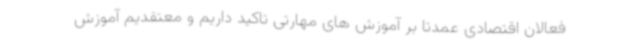
فعالان اقتصادی عمدتا بر آموزش های مهارتی تاکید داریم و معتقدیم آموزش